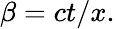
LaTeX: \beta=ct/x.